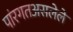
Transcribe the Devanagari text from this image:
पांरगतअसलेले